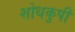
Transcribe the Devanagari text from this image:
शोधकुपी